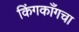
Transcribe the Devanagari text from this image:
किंगकाँगचा